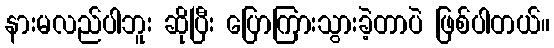
နားမလည်ပါဘူး ဆိုပြီး ပြောကြားသွားခဲ့တာပဲ ဖြစ်ပါတယ်။